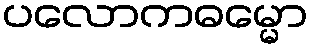
ပလောကဓမ္မော